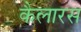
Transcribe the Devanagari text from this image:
कैलारस